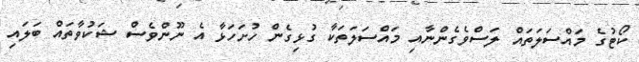
ކޯޓުގެ މައްސަލަތައް ލަސްވެގެންނާއި މައްސަލަތަކާ ގުޅިގެން ހުށަހަޅާ އެ ނޫންވެސް ޝަކުވާތައް ބަލައި